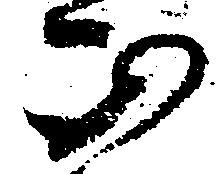
正